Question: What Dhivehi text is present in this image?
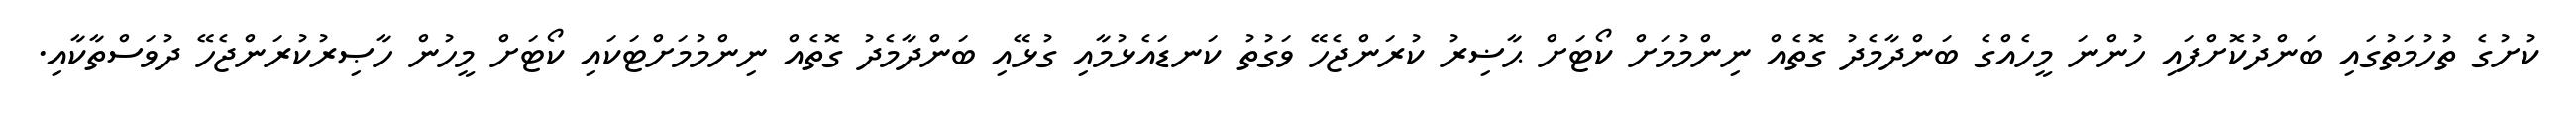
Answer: ކުށުގެ ތުހުމަތުގައި ބަންދުކޮށްފައި ހުންނަ މީހެއްގެ ބަންދާމެދު ގޮތެއް ނިންމުމަށް ކޯޓަށް ޙާޟިރު ކުރަންޖެހޭ ވަގުތު ކަނޑައެޅުމާއި ގުޅޭއި ބަންދާމެދު ގޮތެއް ނިންމުމަށްޓަކައި ކޯޓަށް މީހުން ހާޞިރުކުރަންޖެހޭ ދުވަސްތާކާއި.